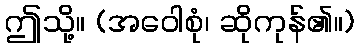
ဤသို့။ (အဝေါစုံ၊ ဆိုကုန်၏။)